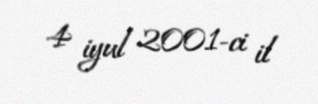
4 iyul 2001-ci il